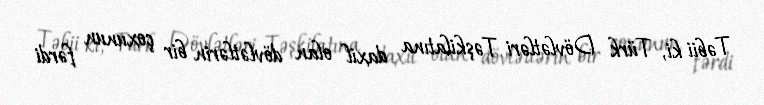
Təbii ki, Türk Dövlətləri Təşkilatına daxil olan dövlətlərin bir çoxunun fərdi